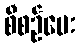
စီစဉ်ပေး